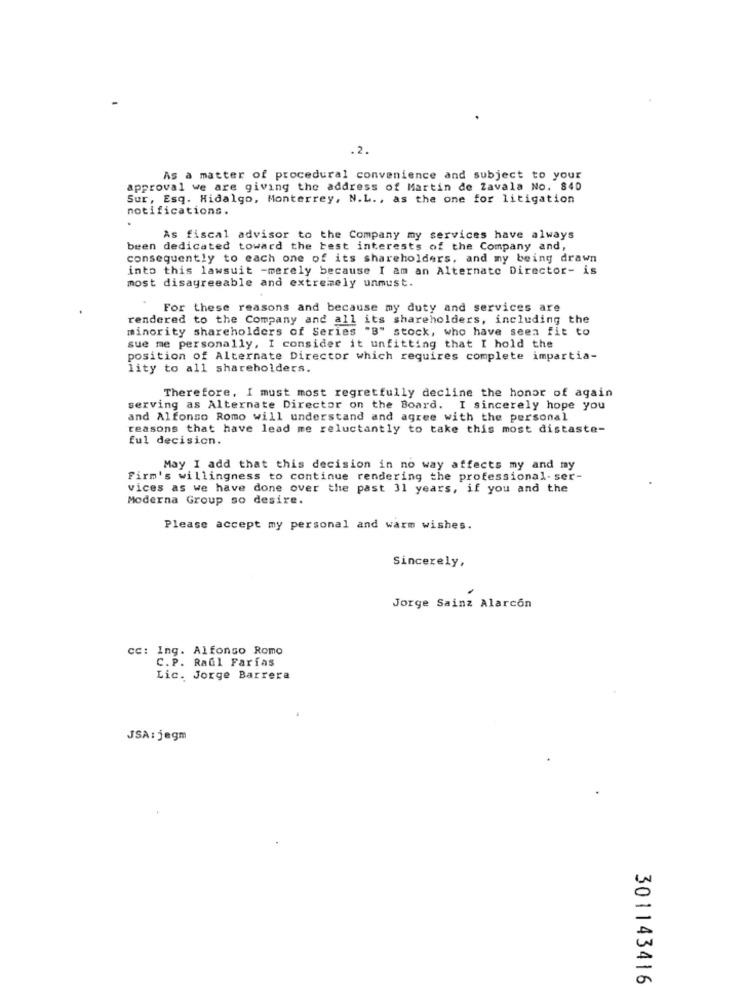
.2.
As a matter of procedural convenience and subject to your
approval we are giving the address of Martin de Zavala No. 840
Sur, Esq. Hidalgo, Monterrey, N.L ., as the one for litigation
notifications.
As fiscal advisor to the Company my services have always
been dedicated toward the best interests of the Company and,
consequently to each one of its shareholders, and my being drawn
into this lawsuit -merely because I am an Alternate Director- is
most disagreeable and extremely unmust.
For these reasons and because my duty and services are
rendered to the Company and all its shareholders, including the
minority shareholders of Series "B" stock, who have seen fit to
sue me personally, I consider it unfitting that I hold the
position of Alternate Director which requires complete impartia-
lity to all shareholders.
Therefore, I must most regretfully decline the honor of again
serving as Alternate Director on the Board. I sincerely hope you
and Alfonso Romo will understand and agree with the personal
reasons that have lead me reluctantly to take this most distaste-
ful decision.
May I add that this decision in no way affects my and my
Firm's willingness to continue rendering the professional- ser-
vices as we have done over the past 31 years, if you and the
Moderna Group so desire.
Please accept my personal and warm wishes.
Sincerely,
Jorge Sainz Alarcón
cc: Ing. Alfonso Romo
C. P. Raul Farias
Lic. Jorge Barrera
JSA: jegm
301143416